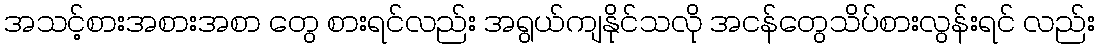
အသင့်စားအစားအစာ တွေ စားရင်လည်း အရွယ်ကျနိုင်သလို အငန်တွေသိပ်စားလွန်းရင် လည်း